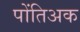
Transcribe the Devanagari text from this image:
पोंतिअक